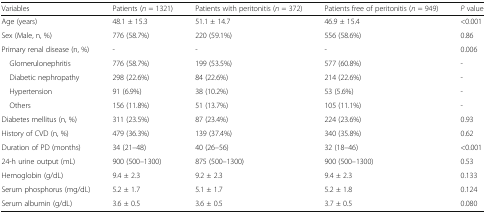
| Variables | Patients (n = 1321) | Patients with peritonitis (n = 372) | Patients free of peritonitis (n = 949) | P value |
 | --- | --- | --- | --- | --- |
 | Age (years) | 48.1 ± 15.3 | 51.1 ± 14.7 | 46.9 ± 15.4 | <0.001 |
 | Sex (Male, n, %) | 776 (58.7%) | 220 (59.1%) | 556 (58.6%) | 0.86 |
 | Primary renal disease (n, %) | - | - | - | 0.006 |
 | Glomerulonephritis | 776 (58.7%) | 199 (53.5%) | 577 (60.8%) | - |
 | Diabetic nephropathy | 298 (22.6%) | 84 (22.6%) | 214 (22.6%) | - |
 | Hypertension | 91 (6.9%) | 38 (10.2%) | 53 (5.6%) | - |
 | Others | 156 (11.8%) | 51 (13.7%) | 105 (11.1%) | - |
 | Diabetes mellitus (n, %) | 311 (23.5%) | 87 (23.4%) | 224 (23.6%) | 0.93 |
 | History of CVD (n, %) | 479 (36.3%) | 139 (37.4%) | 340 (35.8%) | 0.62 |
 | Duration of PD (months) | 34 (21–48) | 40 (26–56) | 32 (18–46) | <0.001 |
 | 24-h urine output (mL) | 900 (500–1300) | 875 (500–1300) | 900 (500–1300) | 0.53 |
 | Hemoglobin (g/dL) | 9.4 ± 2.3 | 9.2 ± 2.3 | 9.4 ± 2.3 | 0.133 |
 | Serum phosphorus (mg/dL) | 5.2 ± 1.7 | 5.1 ± 1.7 | 5.2 ± 1.8 | 0.124 |
 | Serum albumin (g/dL) | 3.6 ± 0.5 | 3.6 ± 0.5 | 3.7 ± 0.5 | 0.080 |